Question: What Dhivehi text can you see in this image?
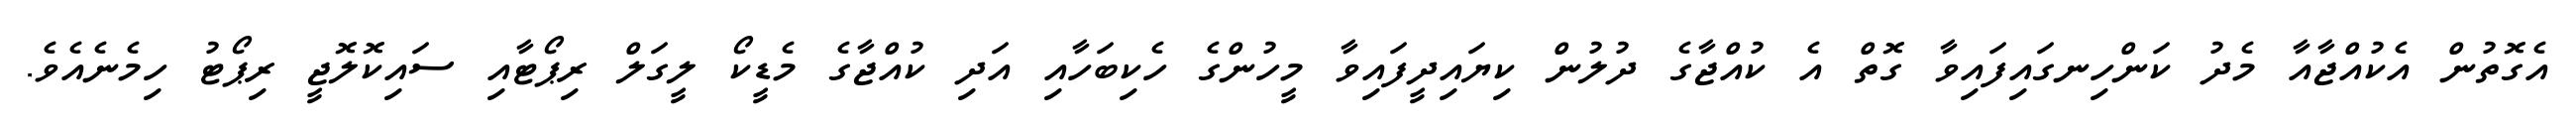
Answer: އެގޮތުން އެކުއްޖާއާ މެދު ކަންހިނގައިފައިވާ ގޮތް އެ ކުއްޖާގެ ދުލުން ކިޔައިދީފައިވާ މީހުންގެ ހެކިބަހާއި އަދި ކުއްޖާގެ މެޑީކޯ ލީގަލް ރިޕޯޓާއި ސައިކޮލޮޖީ ރިޕޯޓު ހިމެނެއެވެ.